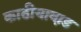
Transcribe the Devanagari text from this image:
काठीयाव़ाड